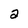
Character: a